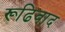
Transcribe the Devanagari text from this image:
रूढिवाद